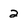
Character: 2